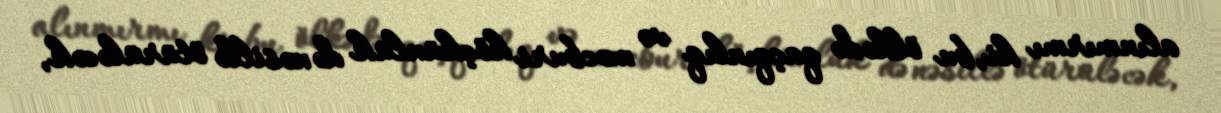
alınmırmı ki, bu ölkədə qaçqınlıq və məcburi köçkünlük də nəsillə ötürüləcək,